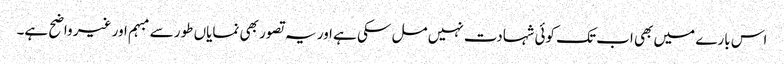
اس بارے میں بھی اب تک کوئی شہادت نہیں مل سکی ہے اور یہ تصور بھی نمایاں طور سے مبہم اور غیر واضح ہے۔